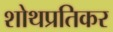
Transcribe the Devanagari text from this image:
शोथप्रतिकर